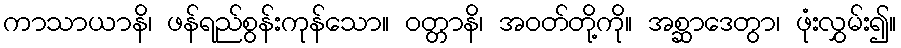
ကာသာယာနိ၊ ဖန်ရည်စွန်းကုန်သော။ ဝတ္တာနိ၊ အဝတ်တို့ကို။ အစ္ဆာဒေတွာ၊ ဖုံးလွှမ်း၍။